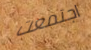
اجتمعت